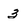
Character: 3